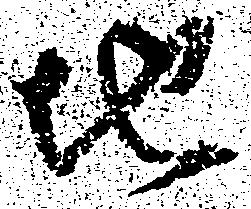
地